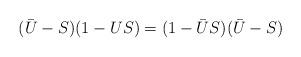
LaTeX: \begin{align*}(\bar{U}-S)(1-US)=(1-\bar{U}S)(\bar{U}-S)\end{align*}